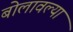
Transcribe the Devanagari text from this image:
बोलावल्या